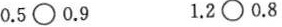
$$0.5\bigcirc0.9$$ $$1.2\bigcirc0.8$$